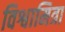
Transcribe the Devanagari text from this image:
विश्वामित्रा